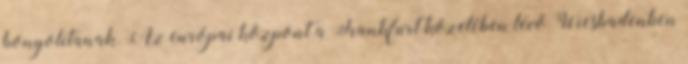
bonyolítanak. Az európai központ a Frankfurt közelében lévő Wiesbadenben